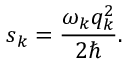
s _ { k } = \frac { \omega _ { k } q _ { k } ^ { 2 } } { 2 \hbar } .